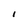
Character: I